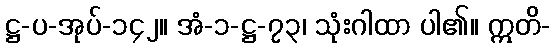
ဋ္ဌ-ပ-အုပ်-၁၄၂။ အံ-၁-ဋ္ဌ-၇၃၊ သုံးဂါထာ ပါ၏။ ဣတိ-